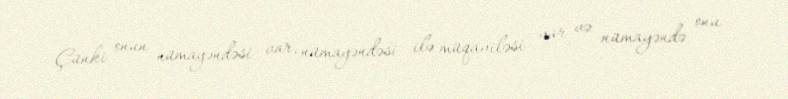
Çünki onun nümayəndəsi var, nümayəndəsi ilə müqaviləsi var və nümayəndə onu